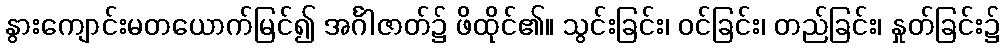
နွားကျောင်းမတယောက်မြင်၍ အင်္ဂါဇာတ်၌ ဖိထိုင်၏။ သွင်းခြင်း၊ ဝင်ခြင်း၊ တည်ခြင်း၊ နှုတ်ခြင်း၌